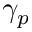
\gamma _ { p }